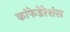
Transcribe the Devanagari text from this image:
कांफेडेरेशंस